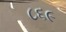
૮૬૯